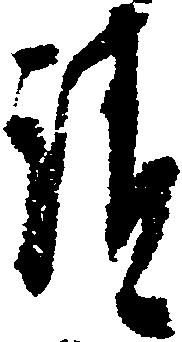
請